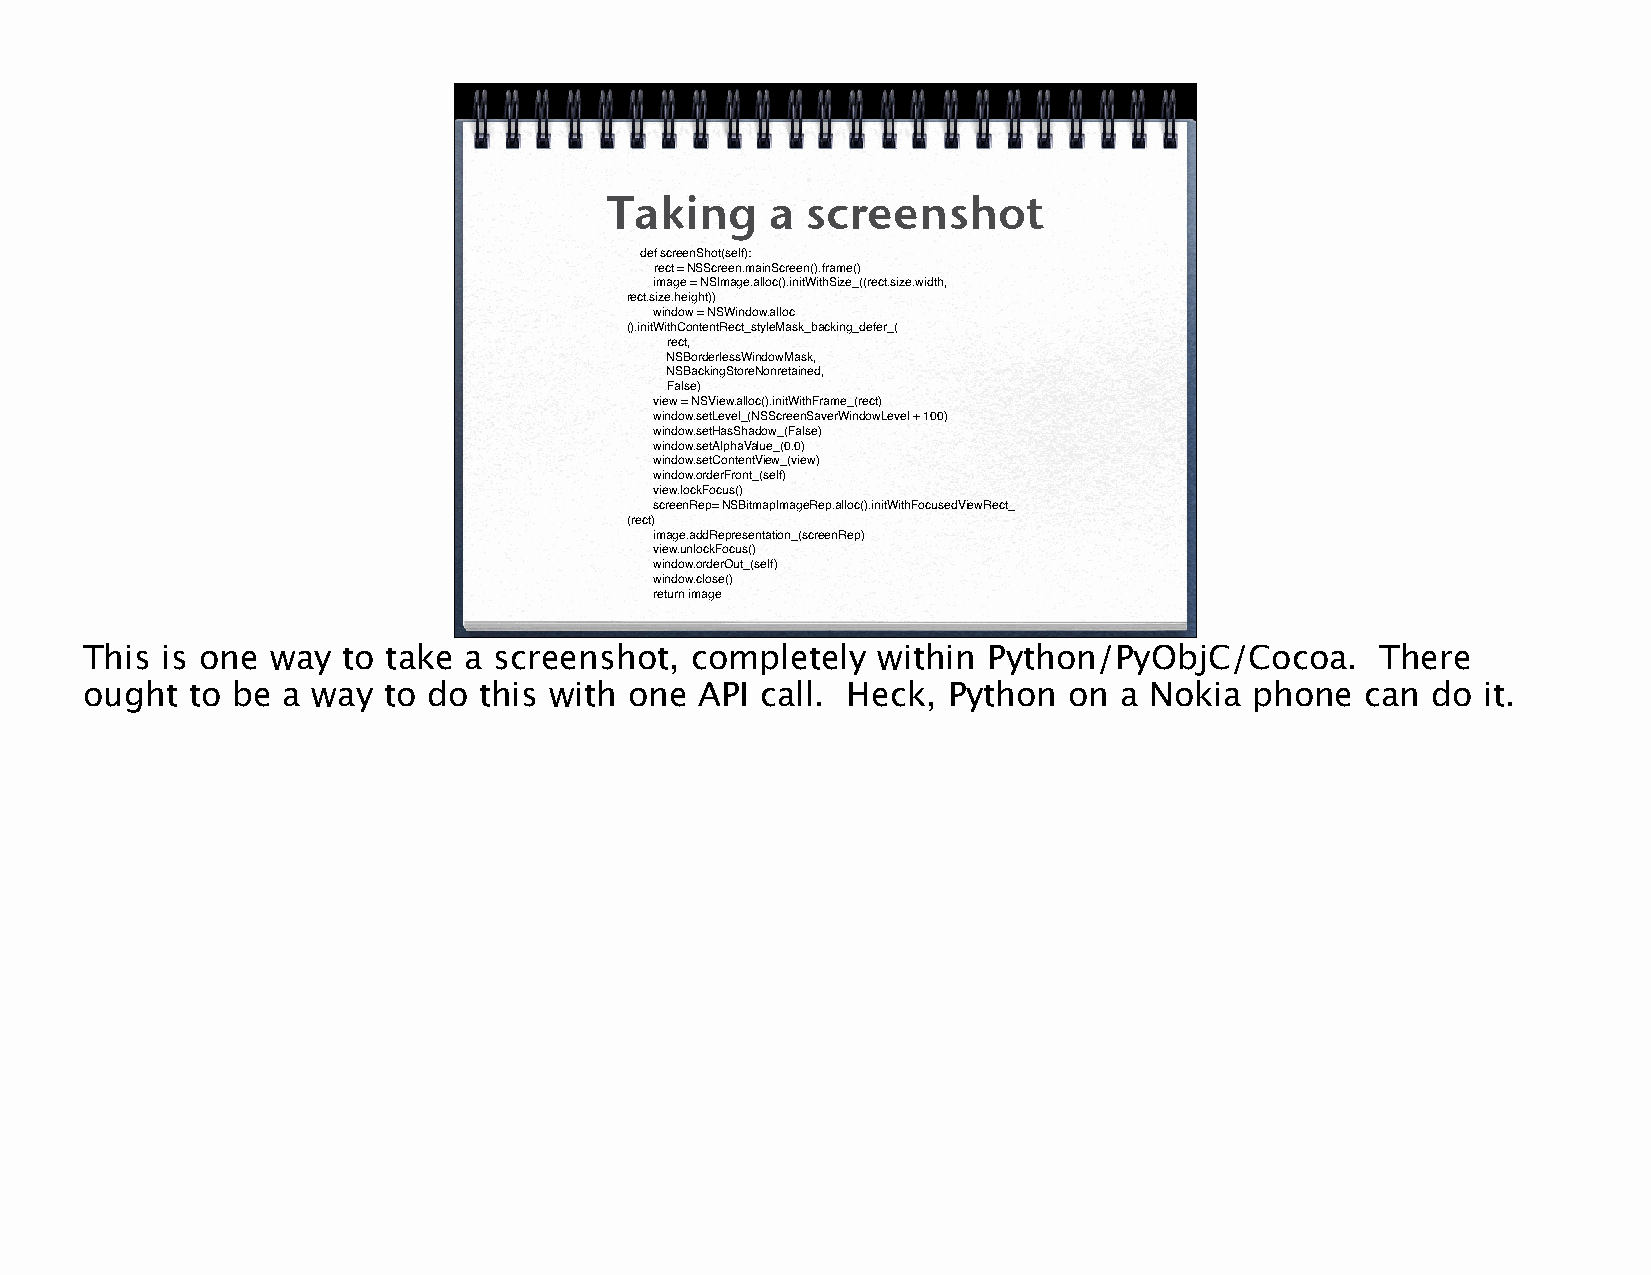
Taking     a screenshot
 def screenShot(self):
 rect = NSScreen.mainScreen().frame()
 image = NSImage.alloc().initWithSize_((rect.size.width,
 rect.size.height))
 window = NSWindow.alloc
 ().initWithContentRect_styleMask_backing_defer_(
 rect,
 NSBorderlessWindowMask,
 NSBackingStoreNonretained,
 False)
 view = NSView.alloc().initWithFrame_(rect)
 window.setLevel_(NSScreenSaverWindowLevel + 100)
 window.setHasShadow_(False)
 window.setAlphaValue_(0.0)
 window.setContentView_(view)
 window.orderFront_(self)
 view.lockFocus()
 screenRep= NSBitmapImageRep.alloc().initWithFocusedViewRect_
 (rect)
 image.addRepresentation_(screenRep)
 view.unlockFocus()
 window.orderOut_(self)
 window.close()
 return image
 This is one way  to take a screenshot,  completely  within Python/PyObjC/Cocoa.      There
 ought  to be a way to do  this with one API call. Heck,  Python  on a Nokia  phone  can  do it.